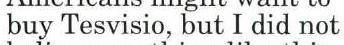
buy Tesvisio, but I did not